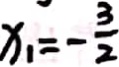
x _ { 1 } = - \frac { 3 } { 2 }